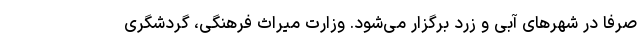
صرفا در شهرهای آبی و زرد برگزار می‌شود. وزارت میراث فرهنگی، گردشگری